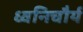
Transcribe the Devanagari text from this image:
ध्वनिचौर्य